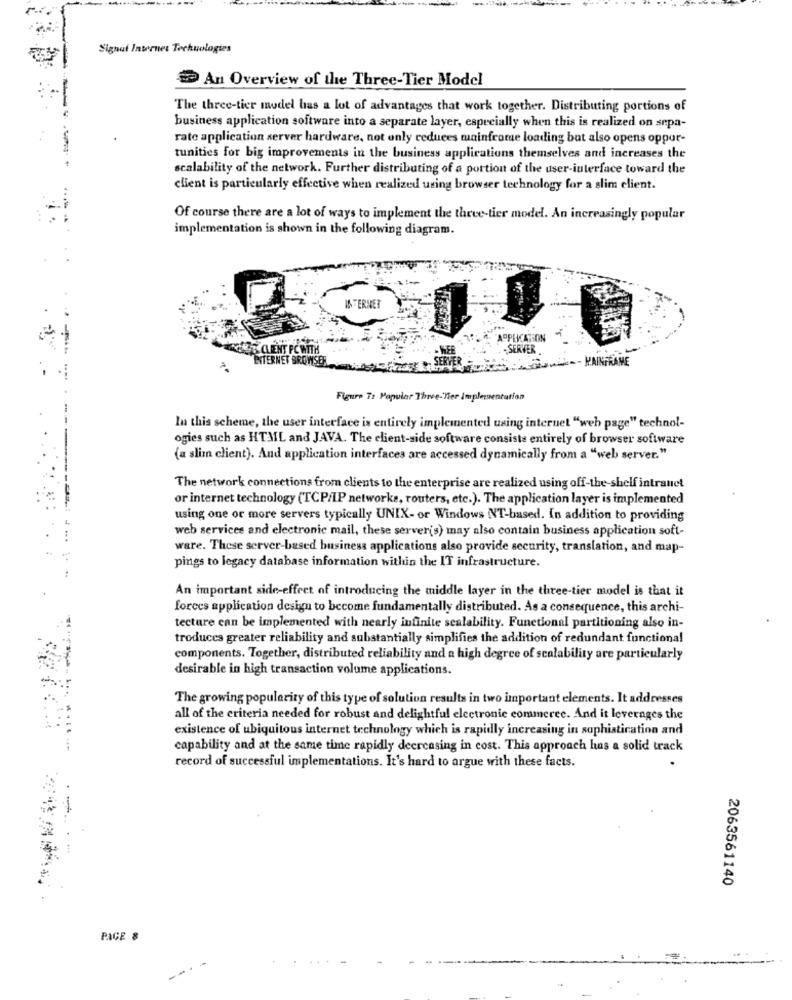
Signat Internet Technologies
An Overview of the Three-Tier Model
The three-tier model has a lot of advantages that work together. Distributing portions of
- m
business application software into a separate layer, especially when this is realized on sepa-
rate application server hardware, not only ceduces mainframe loading but also opens oppor-
tunities for big improvements in the business applications themselves and increases the
scalability of the network. Further distributing of a portion of the user-interface toward the
client is particularly effective when realized using browser technology for a slim client.
Of course there are a lot of ways to implement the three-tier model. An increasingly popular
implementation is shown in the following diagram.
APPLICATION
THORS CLIENT PC WITH
. SERVER
INTERNET BROWSER
-- HAINFRANE
Figure 7: Popular Three-Tier Implementation
In this scheme, the user interface is entirely implemented using internet "web page" technol-
ogies such as HTML and JAVA. The client-side software consiste entirely of browser software
(a slim client). And application interfaces are accessed dynamically from a "web server."
The network connections from clients to the enterprise are realized using off-the-shelf intranet
or internet technology (TCP/IP networke, routers, etc.). The application layer is implemented
using one or more servers typically UNIX- or Windows NT-based. In addition to providing
web services and electronic mail, these server(s) may also contain business application soft-
ware. These server-based business applications also provide security, translation, and map-
pings to legacy database information within the IT infrastructure.
An important side-effect of introducing the middle layer in the three-tier model is that it
forces application design to become fundamentally distributed. As a consequence, this archi-
tecture can be implemented with nearly infinite scalability. Functional partitioning also in-
troduces greater reliability and substantially simplifies the addition of redundant functional
components. Together, distributed reliability and a high degree of scalability are particularly
desirable in high transaction volume applications.
The growing popularity of this type of solution results in two important elements. It addresses
all of the criteria needed for robust and delightful electronic commerce. And it leverages the
existence of ubiquitous internet technology which is rapidly increasing in sophistication and
capability and at the same time rapidly deercasing in cost. This approach has a solid track
record of successful implementations. It's hard to argue with these facts.
2063561140
PAGE &
...